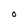
Character: O